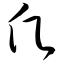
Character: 愿